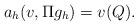
LaTeX: \begin{align*} a_{h}(v, \Pi g_{h})=v(Q).\end{align*}